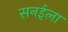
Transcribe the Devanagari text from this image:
सनईला